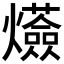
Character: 𤒷